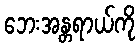
ဘေးအန္တရာယ်ကို